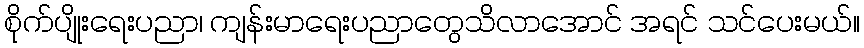
စိုက်ပျိုးရေးပညာ၊ ကျန်းမာရေးပညာတွေသိလာအောင် အရင် သင်ပေးမယ်။